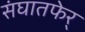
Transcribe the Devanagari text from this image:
संघातफेर्